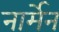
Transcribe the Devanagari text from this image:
नार्मेन